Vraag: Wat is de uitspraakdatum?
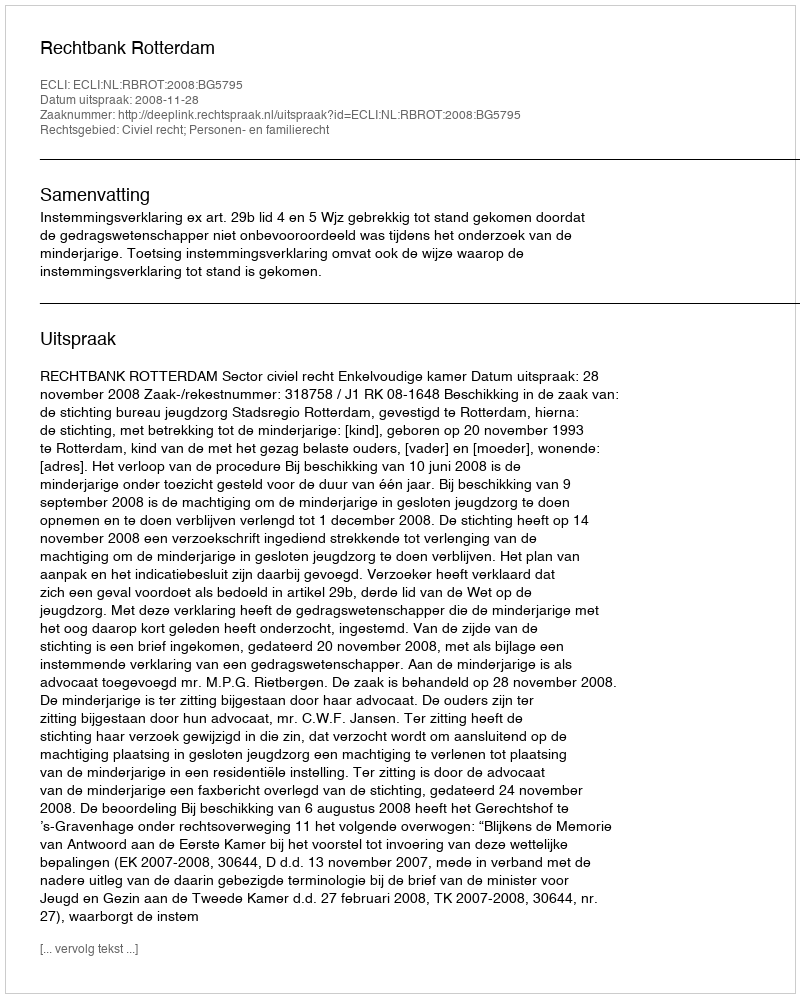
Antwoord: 2008-11-28